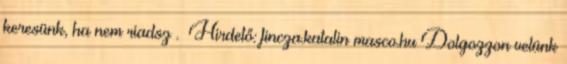
keresünk, ha nem riadsz . Hirdető: fincza.katalin masco.hu Dolgozzon velünk